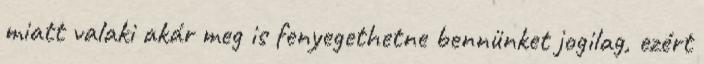
miatt valaki akár meg is fenyegethetne bennünket jogilag, ezért